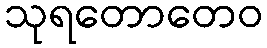
သုရတောတေဝ